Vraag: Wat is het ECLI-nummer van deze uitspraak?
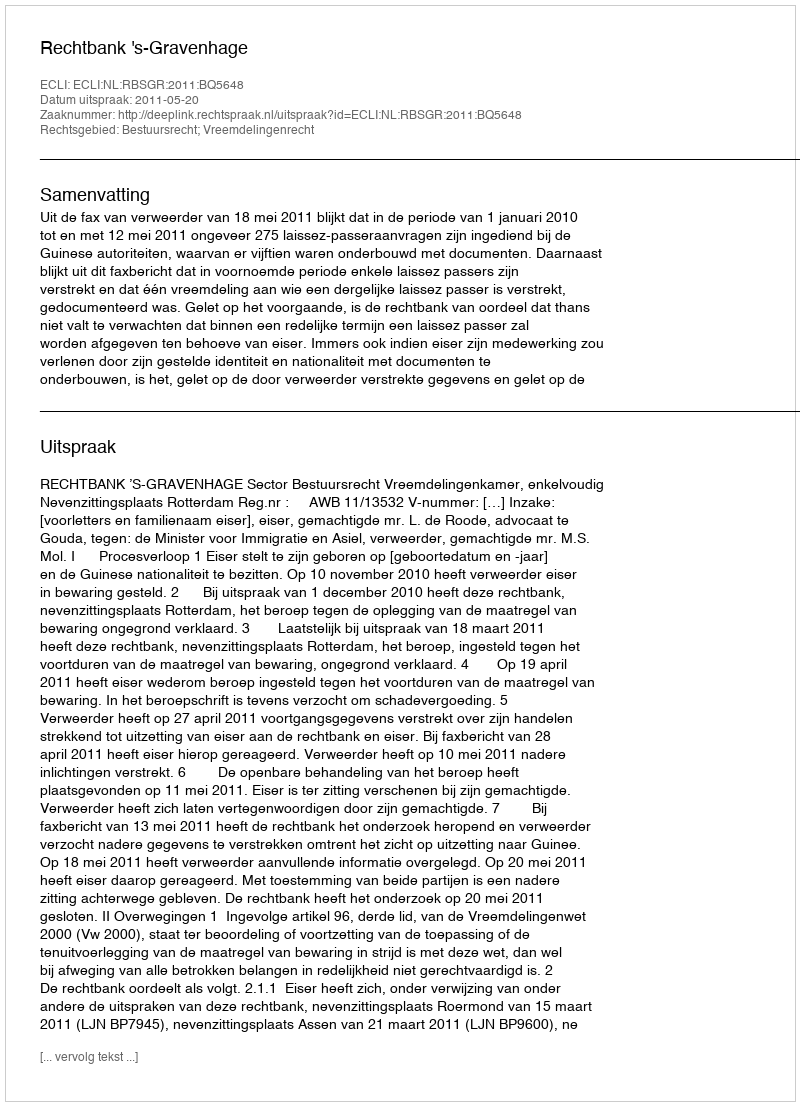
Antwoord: ECLI:NL:RBSGR:2011:BQ5648